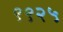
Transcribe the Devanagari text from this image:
९९२५